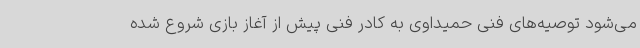
می‌شود توصیه‌های فنی حمیداوی به کادر فنی پیش از آغاز بازی شروع شده